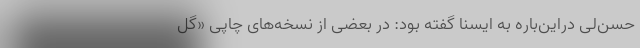
حسن‌لی دراین‌باره به ایسنا گفته بود: در بعضی از نسخه‌های چاپی «گل